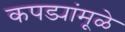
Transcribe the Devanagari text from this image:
कपड्यांमूळे